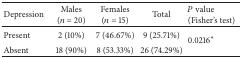
<table><thead><tr><td><b>Depression</b></td><td><b>Males (<i>n</i> = 20) </b></td><td><b>Females (<i>n</i> = 15) </b></td><td><b>Total</b></td><td><b><i>P</i> value (Fisher&#x27;s test)</b></td></tr></thead><tbody><tr><td>Present</td><td>2 (10%)</td><td>7 (46.67%)</td><td>9 (25.71%)</td><td rowspan="2">0.0216<sup>*</sup></td></tr><tr><td>Absent</td><td>18 (90%)</td><td>8 (53.33%)</td><td>26 (74.29%)</td></tr></tbody></table>